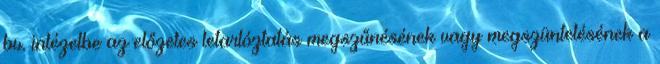
bv. intézetbe az előzetes letartóztatás megszűnésének vagy megszüntetésének a